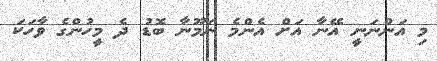
މި އަންނަނީ އޭނާ އަށް އެންމެ ނަމޫނާ ބޮޑު ދެ މީހުންގެ ވާހަކަ